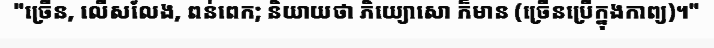
"ច្រើន, លើសលែង, ពន់ពេក; និយាយថា ភិយ្យោសោ ក៏មាន (ច្រើនប្រើក្នុងកាព្យ)។"